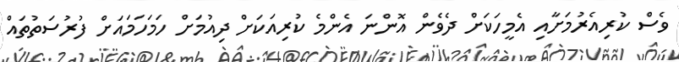
ވެސް ކުރިއެރުމަށާއި އެމީހަކަށް ދެވެން އޮންނަ އެންމެ ކުރިއަކަށް ދިއުމަށް ހަމަހަމައަށް ފުރުސަތުތައް